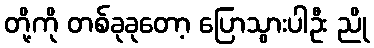
တို့ကို တစ်ခုခုတော့ ပြောသွားပါဦး ညို